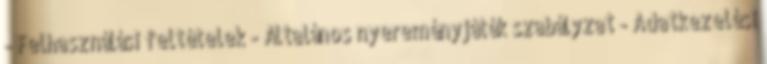
- Felhasználási feltételek - Általános nyereményjáték szabályzat - Adatkezelési